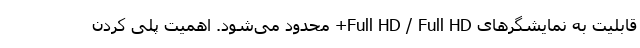
قابلیت به نمایشگرهای Full HD / Full HD+ محدود می‌شود. اهمیت پلی کردن